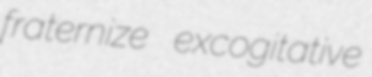
fraternize excogitative